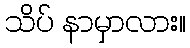
သိပ် နာမှာလား။